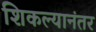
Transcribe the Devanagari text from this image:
शिकल्यानंतर